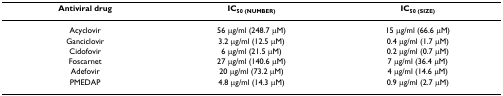
| Antiviral drug | IC50 (NUMBER) | IC50 (SIZE) |
 | --- | --- | --- |
 | Acyclovir | 56 μg/ml (248.7 μM) | 15 μg/ml (66.6 μM) |
 | Ganciclovir | 3.2 μg/ml (12.5 μM) | 0.4 μg/ml (1.7 μM) |
 | Cidofovir | 6 μg/ml (21.5 μM) | 0.2 μg/ml (0.7 μM) |
 | Foscarnet | 27 μg/ml (140.6 μM) | 7 μg/ml (36.4 μM) |
 | Adefovir | 20 μg/ml (73.2 μM) | 4 μg/ml (14.6 μM) |
 | PMEDAP | 4.8 μg/ml (14.3 μM) | 0.9 μg/ml (2.7 μM) |